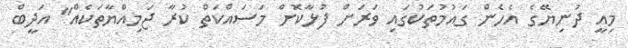
މިއީ ދުނިޔޭގެ އެހެން ގައުމުތަކުގައި ވަރަށް ފުޅާކޮށް މަސައްކަތް ކުރާ ޖަމިއްޔާތަކެއް" އަދީބް